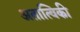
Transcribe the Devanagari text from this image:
अतात्विकी